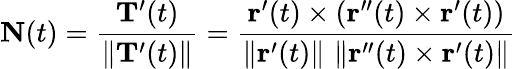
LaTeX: \mathbf{N}(t)={\frac{\mathbf{T}^{\prime}(t)}{\| \mathbf{T}^{\prime}(t)\| }}={\frac{\mathbf{r}^{\prime}(t)\times\left(\mathbf{r}^{\prime\prime}(t)\times\mathbf{r}^{\prime}(t)\right)}{\left\| \mathbf{r}^{\prime}(t)\right\| \, \left\| \mathbf{r}^{\prime\prime}(t)\times\mathbf{r}^{\prime}(t)\right\| }}